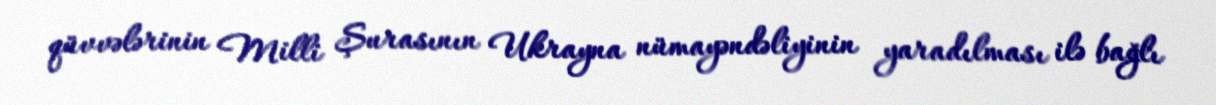
qüvvələrinin Milli Şurasının Ukrayna nümayəndəliyinin yaradılması ilə bağlı